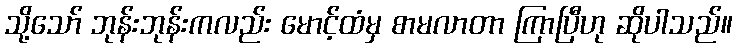
သို့သော် ဘုန်းဘုန်းကလည်း မောင့်ထံမှ စာမလာတာ ကြာပြီဟု ဆိုပါသည်။